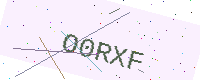
Text: O0RXF